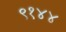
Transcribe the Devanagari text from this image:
९१४४